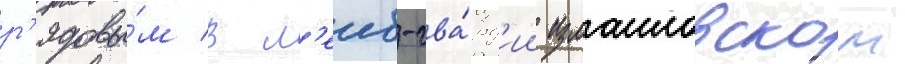
р'ядовы́м в л'еиб-гва́рд'ии измаиловском